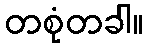
တစုံတခါ။